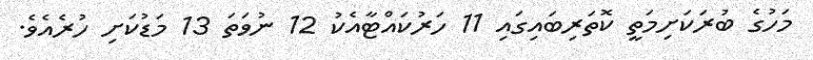
މަހުގެ ބުރަކަށިމަތީ ކޮތަރިބައިގައި 11 ހަރުކައްޓާއެކު 12 ނުވަތަ 13 މަޑުކަށި ހުރެއެވެ.